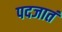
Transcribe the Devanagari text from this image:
पदजातं